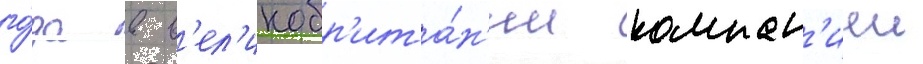
го́да в в'ел'икобр'ита́н'ии компан'иеи